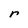
Character: r